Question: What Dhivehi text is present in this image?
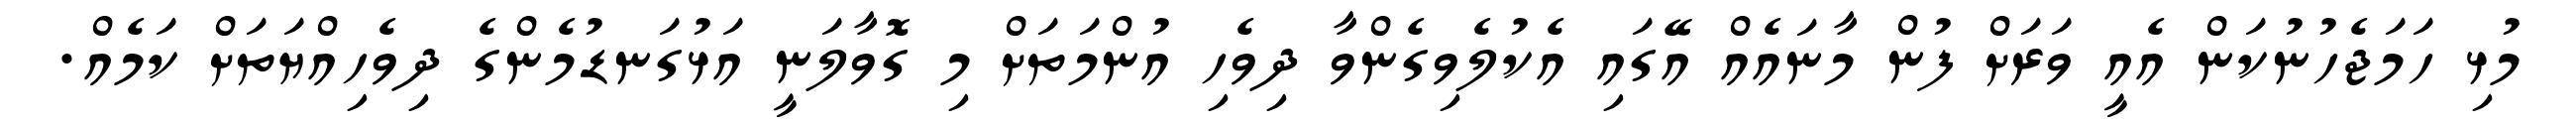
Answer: މުޅި ހަމަޖެހުނުކަން އެއީ ވަރަށް ފުން މާނައެއް އޭގައި އެކުލެވިގެންވާ ދިވެހި އުންމަތަށް މި ގޮވާލަނީ އަޅުގަނޑުމެންގެ ދިވެހިއްޔަތަށް ކަމެއް.